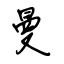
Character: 曼